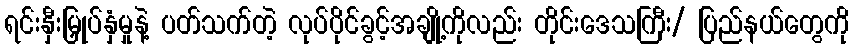
ရင်းနှီးမြှုပ်နှံမှုနဲ့ ပတ်သက်တဲ့ လုပ်ပိုင်ခွင့်အချို့ကိုလည်း တိုင်းဒေသကြီး/ ပြည်နယ်တွေကို